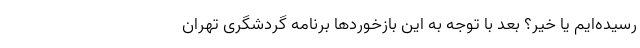
رسیده‌ایم یا خیر؟ بعد با توجه به این بازخوردها برنامه گردشگری تهران